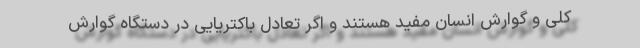
کلی و گوارش انسان مفید هستند و اگر تعادل باکتریایی در دستگاه گوارش